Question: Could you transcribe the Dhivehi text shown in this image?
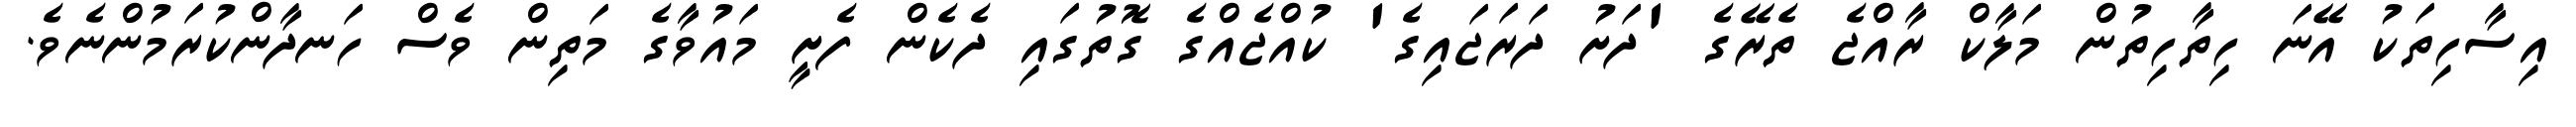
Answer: އިސާހިތަކު އޭނަ ހިތާހިތުން މަލާކް ރާއްޖެ ތެރޭގެ 'ދަށު ދަރަޖައިގެ' ކުއްޖެއްގެ ގޮތުގައި ދެކެން ފެށީ މައުވާގެ މަތިން ވެސް ހަނދާންކުރަމުންނެވެ.